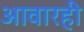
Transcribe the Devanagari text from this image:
आवारही